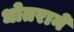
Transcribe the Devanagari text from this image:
धोतराने